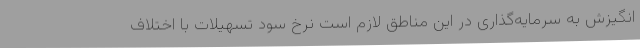
انگیزش به سرمایه‌گذاری در این مناطق لازم است نرخ سود تسهیلات با اختلاف